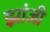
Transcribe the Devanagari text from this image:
झांजी